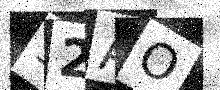
Text: 92AO